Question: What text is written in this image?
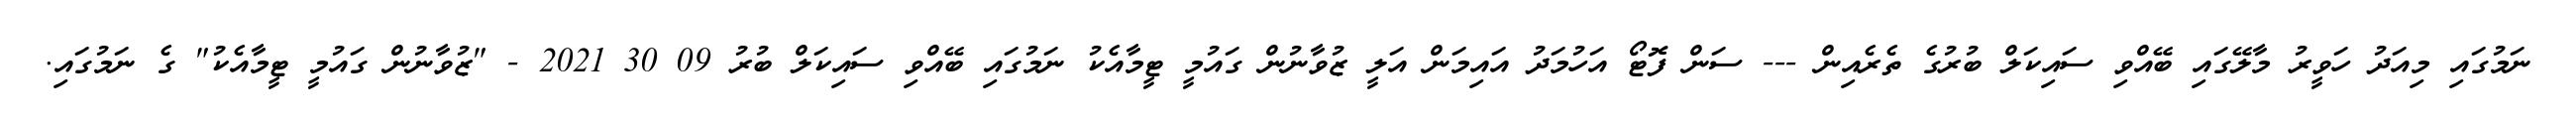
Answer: ނަމުގައި މިއަދު ހަވީރު މާލޭގައި ބޭއްވި ސައިކަލް ބުރުގެ ތެރެއިން --- ސަން ފޮޓޯ އަހުމަދު އައިމަން އަލީ ޒުވާނުން ގައުމީ ޓީމާއެކު ނަމުގައި ބޭއްވި ސައިކަލް ބުރު 09 30 2021 - "ޒުވާނުން ގައުމީ ޓީމާއެކު" ގެ ނަމުގައި.